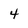
Character: 4